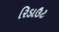
રિડાઉટ